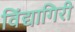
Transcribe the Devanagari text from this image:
विंद्यागिरी